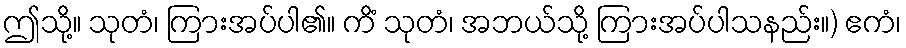
ဤသို့။ သုတံ၊ ကြားအပ်ပါ၏။ ကိံ သုတံ၊ အဘယ်သို့ ကြားအပ်ပါသနည်း။) ဧကံ၊